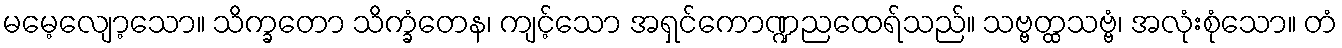
မမေ့လျော့သော။ သိက္ခတော သိက္ခံတေန၊ ကျင့်သော အရှင်ကောဏ္ဍညထေရ်သည်။ သဗ္ဗတ္ထသဗ္ဗံ၊ အလုံးစုံသော။ တံ